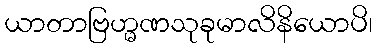
ယာတာဗြဟ္မဏသုခုမာလိနိယောပိ၊